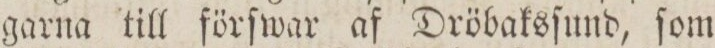
garna till förſwar af Dröbaksſund, ſom